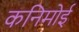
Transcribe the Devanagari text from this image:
कनिमोई